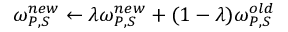
\omega _ { P , S } ^ { n e w } \leftarrow \lambda \omega _ { P , S } ^ { n e w } + ( 1 - \lambda ) \omega _ { P , S } ^ { o l d }